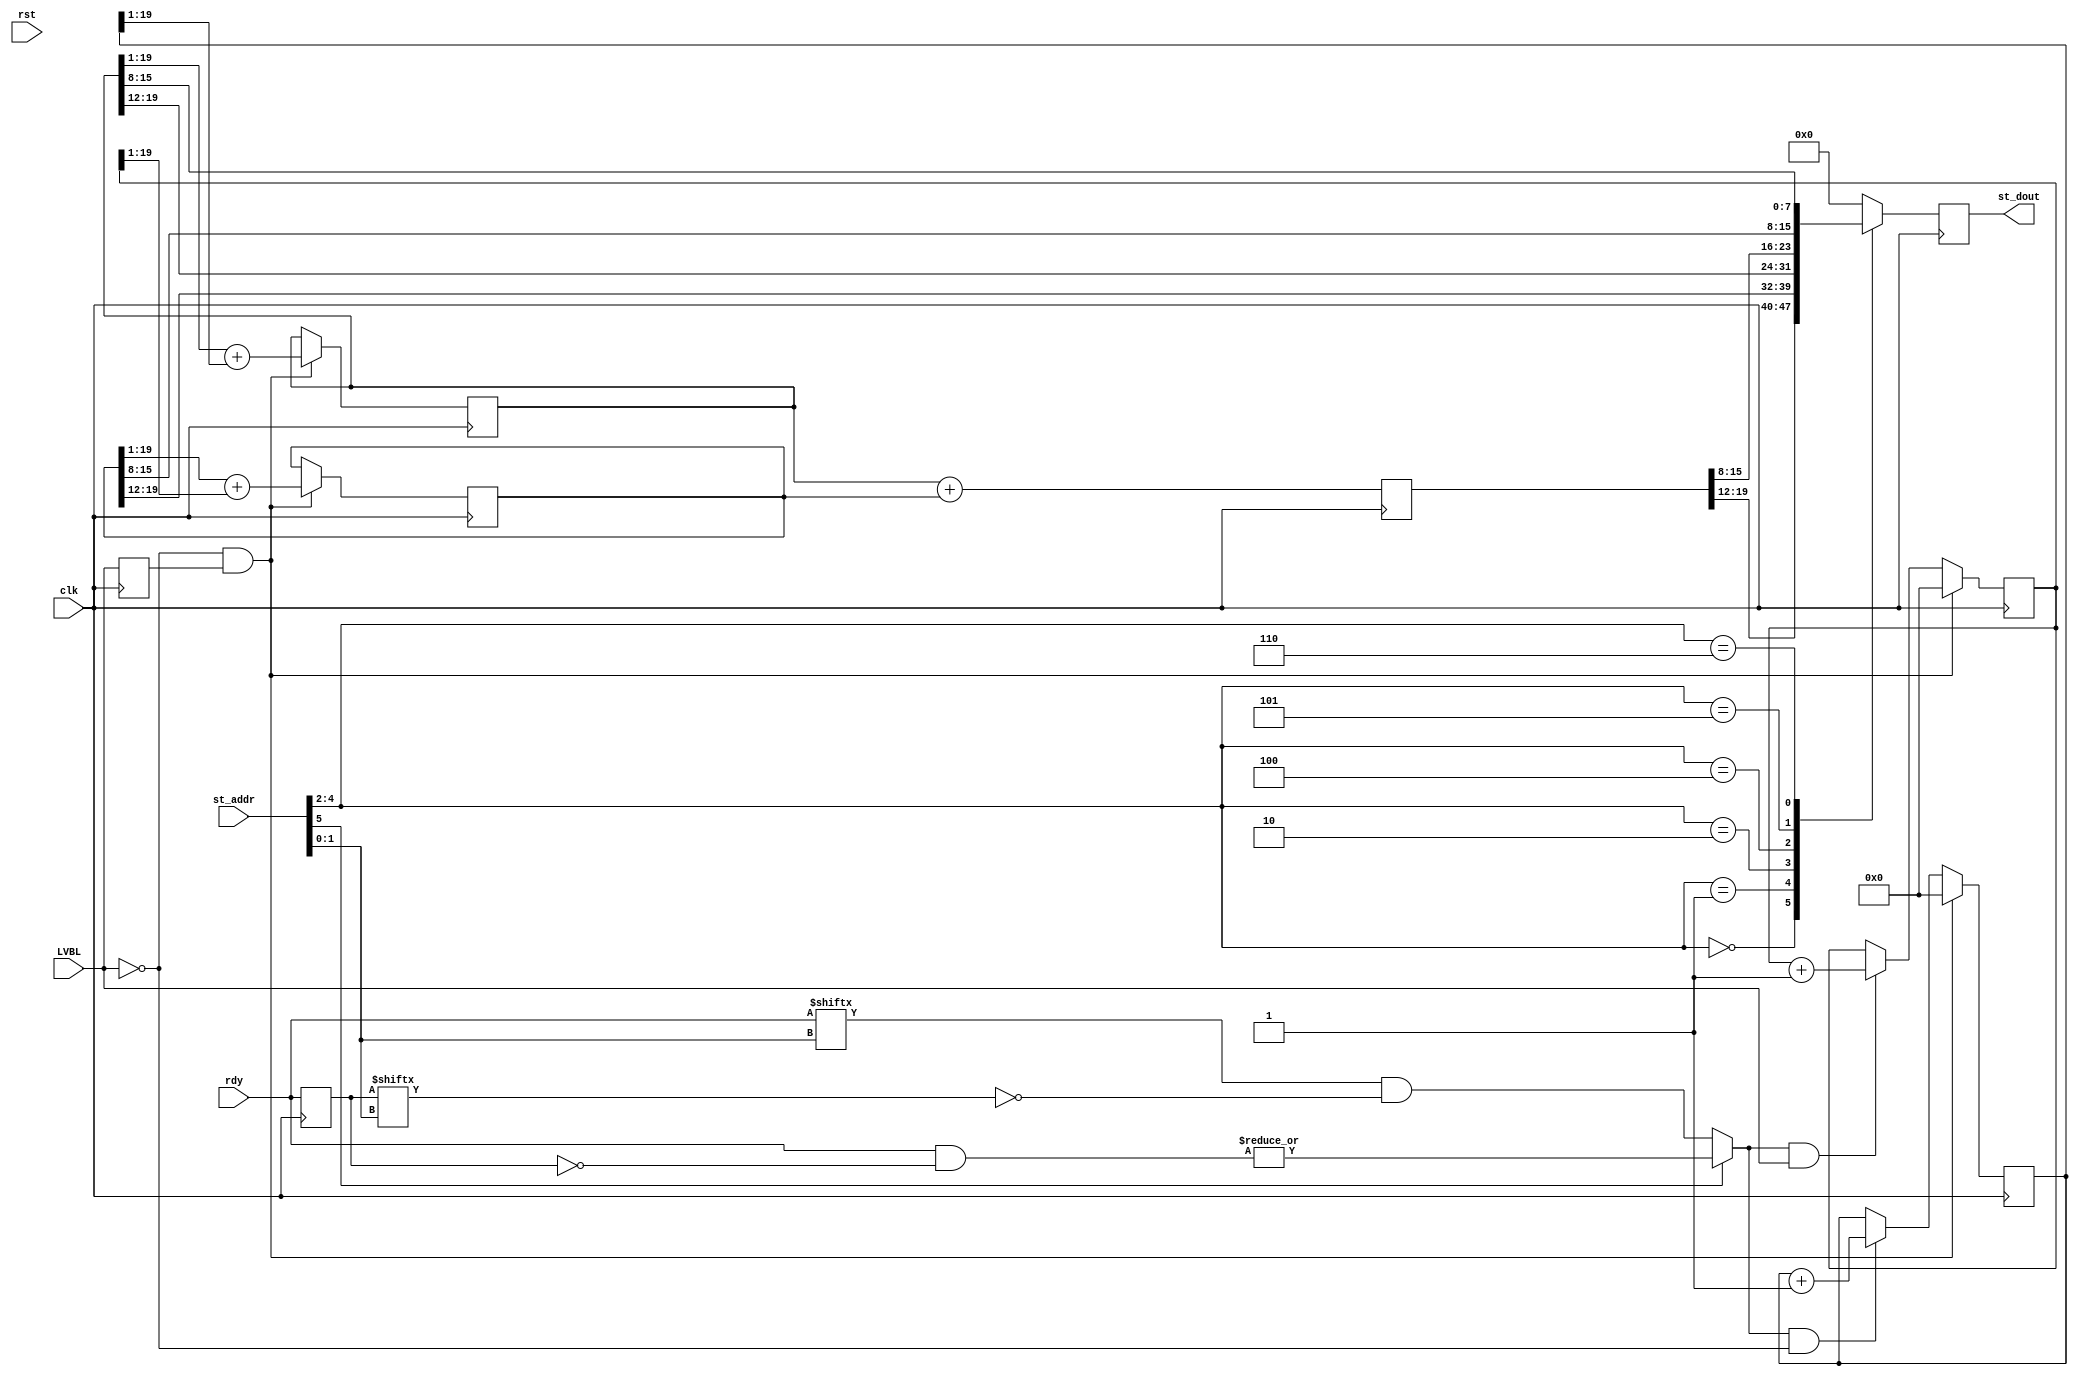
/*  This file is part of JTFRAME.
    JTFRAME program is free software: you can redistribute it and/or modify
    it under the terms of the GNU General Public License as published by
    the Free Software Foundation, either version 3 of the License, or
    (at your option) any later version.

    JTFRAME program is distributed in the hope that it will be useful,
    but WITHOUT ANY WARRANTY; without even the implied warranty of
    MERCHANTABILITY or FITNESS FOR A PARTICULAR PURPOSE.  See the
    GNU General Public License for more details.

    You should have received a copy of the GNU General Public License
    along with JTFRAME.  If not, see <http://www.gnu.org/licenses/>.

    Author: Jose Tejada Gomez. Twitter: @topapate
    Version: 1.0
    Date: 20-10-2022 */

// see debug.md for a table describing the st_dout vs st_addr

module jtframe_sdram_stats(
    input               rst,
    input               clk,
    input         [3:0] rdy,
    input               LVBL,
    input         [7:0] st_addr,
    output reg    [7:0] st_dout
);

reg        LVBLl;
reg [19:0] acc_blank, acc_active,
           req_blank, req_active, req_frame;
reg [ 3:0] rdy_l;
reg        count_up;

always @* begin
    if( st_addr[5] )
        count_up   = |(rdy & ~rdy_l);
    else
        count_up   = rdy[ st_addr[1:0]] & ~rdy_l[st_addr[1:0]];
end

always @(posedge clk) begin
    LVBLl <= LVBL;
    rdy_l  <= rdy;
    if( count_up &&  LVBL ) acc_active <= acc_active+1'd1;
    if( count_up && !LVBL ) acc_blank  <= acc_blank+1'd1;
    req_frame <= req_blank + req_active;
    if( !LVBL && LVBLl ) begin
        req_blank  <= (req_blank >>1) + (acc_blank >>1);
        req_active <= (req_active>>1) + (acc_active>>1);
        acc_blank  <= 0;
        acc_active <= 0;
    end
end

always @(posedge clk) begin
    case( { st_addr[4], st_addr[3:2] } )
        3'b0_00: st_dout <= req_frame [19:12];
        3'b0_01: st_dout <= req_active[19:12];
        3'b0_10: st_dout <= req_blank [19:12];
        3'b1_00: st_dout <= req_frame [15:8];
        3'b1_01: st_dout <= req_active[15:8];
        3'b1_10: st_dout <= req_blank [15:8];
        default: st_dout <= 0;
    endcase
end

endmodule